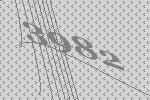
3982